Annual report of the Punjab Veterinary College and of the Civil Veterinary Department, Punjab - 1926-1932
Year: 1926
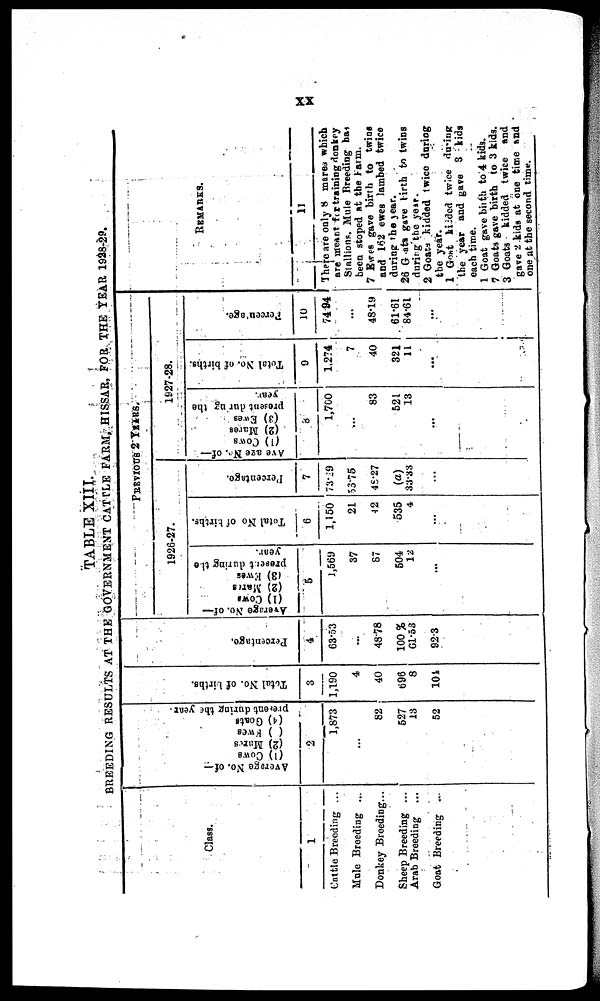
xx
TABLE XIII.
BREEDING RESULTS AT THE GOVERNMENT CATTLE FARM, HISSAR, FOR THE YEAR 1928-29.
Class.
1
Cattle Breeding ...
Mule Breeding ...
Donkey Breeding...
Sheep Breeding ...
Arab Breeding
Goat Breeding ...
Ave r
a ge No.
of—
(1)
Cows
(2)
Mares
(3) Ewes
(4) Goat s
present during the year.
2
1,873
...
82
527
13
52
Total No of births.
3
1,190
4
40
696
8
104
Percentage,
4
63.53
...
48.78
100 %
61.53
923
PREVIOUS 2 YEARS
1926-27.
Average No. of—
(1) Cows
(2) Mans
(3) Ewes
present
during the
year.
5
1,569
37
87
504
12
...
Total No of births.
6
1,150
21
42
535
4
...
Percentage
7
73.29
53.75
48.27
(a)
33.33
...
1927-28.
Average No. of—
(1) Cows
(2) Mares
(3) Ewes
present
during the
year.
8
1,700
...
83
521
13
...
Total No. of births.
9
1.274
7
40
321
11
...
Percentage.
10
7494
...
48.19
61.61
84.61
...
REMARKS.
11
There are only 8 mares which
are meant for training donkey
Stallions. Mule Breeding has
been stoped at the Farm.
7 Ewes gave birth to twins
and 162 ewes lambed twice
during the year.
26 Goats gave birth to twins
during the year.
2 Goats kidded twice during
the year.
1 Goat kidded twice during
the year and gave 3 kids
each time.
1 Goat gave birth to 4 kids.
7 Goats gave birth to 3 kids.
3 Goats kidded twice and
gave 2 kids at one time and
one at the second time.